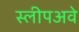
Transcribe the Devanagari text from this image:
स्लीपअवे